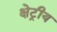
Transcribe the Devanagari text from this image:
क्षेट्रीय